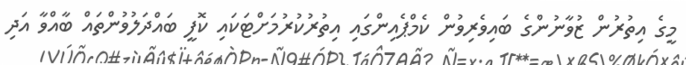
މީގެ އިތުރުން ޒުވާނުންގެ ބައިވެރިވުން ކެމްޕެއިންގައި އިތުރުކުރުމަށްޓަކައި ކޮފީ ބައްދަލުވުންތައް ބާއްވާ އަދި